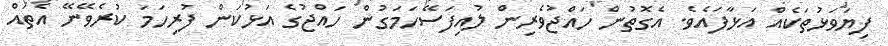
ފިޔަވަޅުތަކެއް އަޅާފައެވެ. އެގޮތުން ހައްޖުވެރިން ލުއިފަސޭހަމަގުން ހައްޖުގެ އަޅުކަން ފުރިހަމަ ކުރެވޭނޭ އެތައް